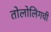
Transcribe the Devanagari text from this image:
तोलोलिंगची